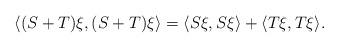
LaTeX: \begin{align*}\langle (S+T)\xi,(S+T)\xi\rangle = \langle S\xi,S\xi\rangle+\langle T\xi,T\xi\rangle.\end{align*}